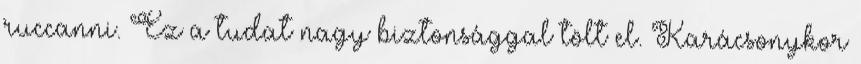
ruccanni. Ez a tudat nagy biztonsággal tölt el. Karácsonykor